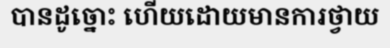
បានដូច្នោះ ហើយដោយមានការថ្វាយ